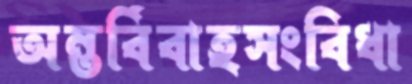
অন্তর্বিবাহসংবিধা